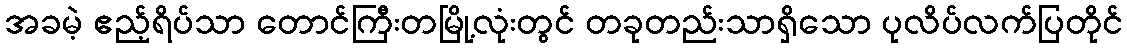
အခမဲ့ ဧည့်ရိပ်သာ တောင်ကြီးတမြို့လုံးတွင် တခုတည်းသာရှိသော ပုလိပ်လက်ပြတိုင်